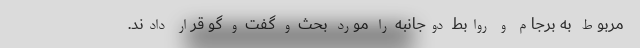
مربوط به برجام و روابط دوجانبه را مورد بحث و گفت و گو قرار دادند.